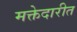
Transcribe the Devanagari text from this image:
मक्तेदारीत